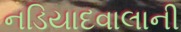
નડિયાદવાલાની